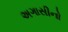
અગાસીનો